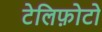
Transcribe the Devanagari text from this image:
टेलिफ़ोटो